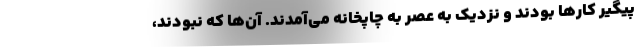
پیگیر کارها بودند و نزدیک به عصر به چاپخانه می‌آمدند. آن‌ها که نبودند،